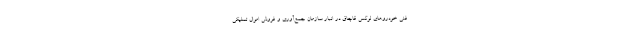
فنی خودروهای لوکس قاچاق در انبار سازمان جمع‌آوری و فروش اموال تملیکی